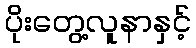
ပိုးတွေ့လူနာနှင့်